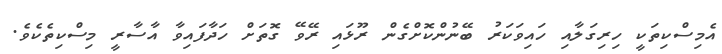
އެމިސްކިތަކީ ހިރިގަލާއި ހައިވަކަރު ބޭނުންކޮށްގެން ރޫޅައި ރޭވޭ ގޮތަށް ހަދާފައިވާ އާސާރީ މިސްކިތެކެވެ.